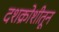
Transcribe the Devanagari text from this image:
दशक्रोशीतून